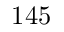
1 4 5